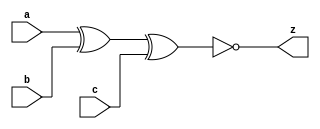
//#############################################################################
//# Function: 3-Input Exclusive-Nor Gate                                      #
//# Copyright: Lambda Project Authors. All rights Reserved.                   #
//# License:  MIT (see LICENSE file in Lambda repository)                     #
//#############################################################################

module la_xnor3 #(
    parameter PROP = "DEFAULT"
) (
    input  a,
    input  b,
    input  c,
    output z
);

    assign z = ~(a ^ b ^ c);

endmodule